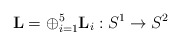
\begin{align*} \mathbf{L}=\oplus_{i=1}^5 \mathbf{L}_i: S^1 \rightarrow S^2 \end{align*}